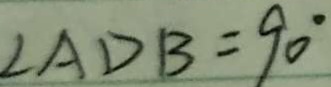
\angle A D B = 9 0 ^ { \circ }